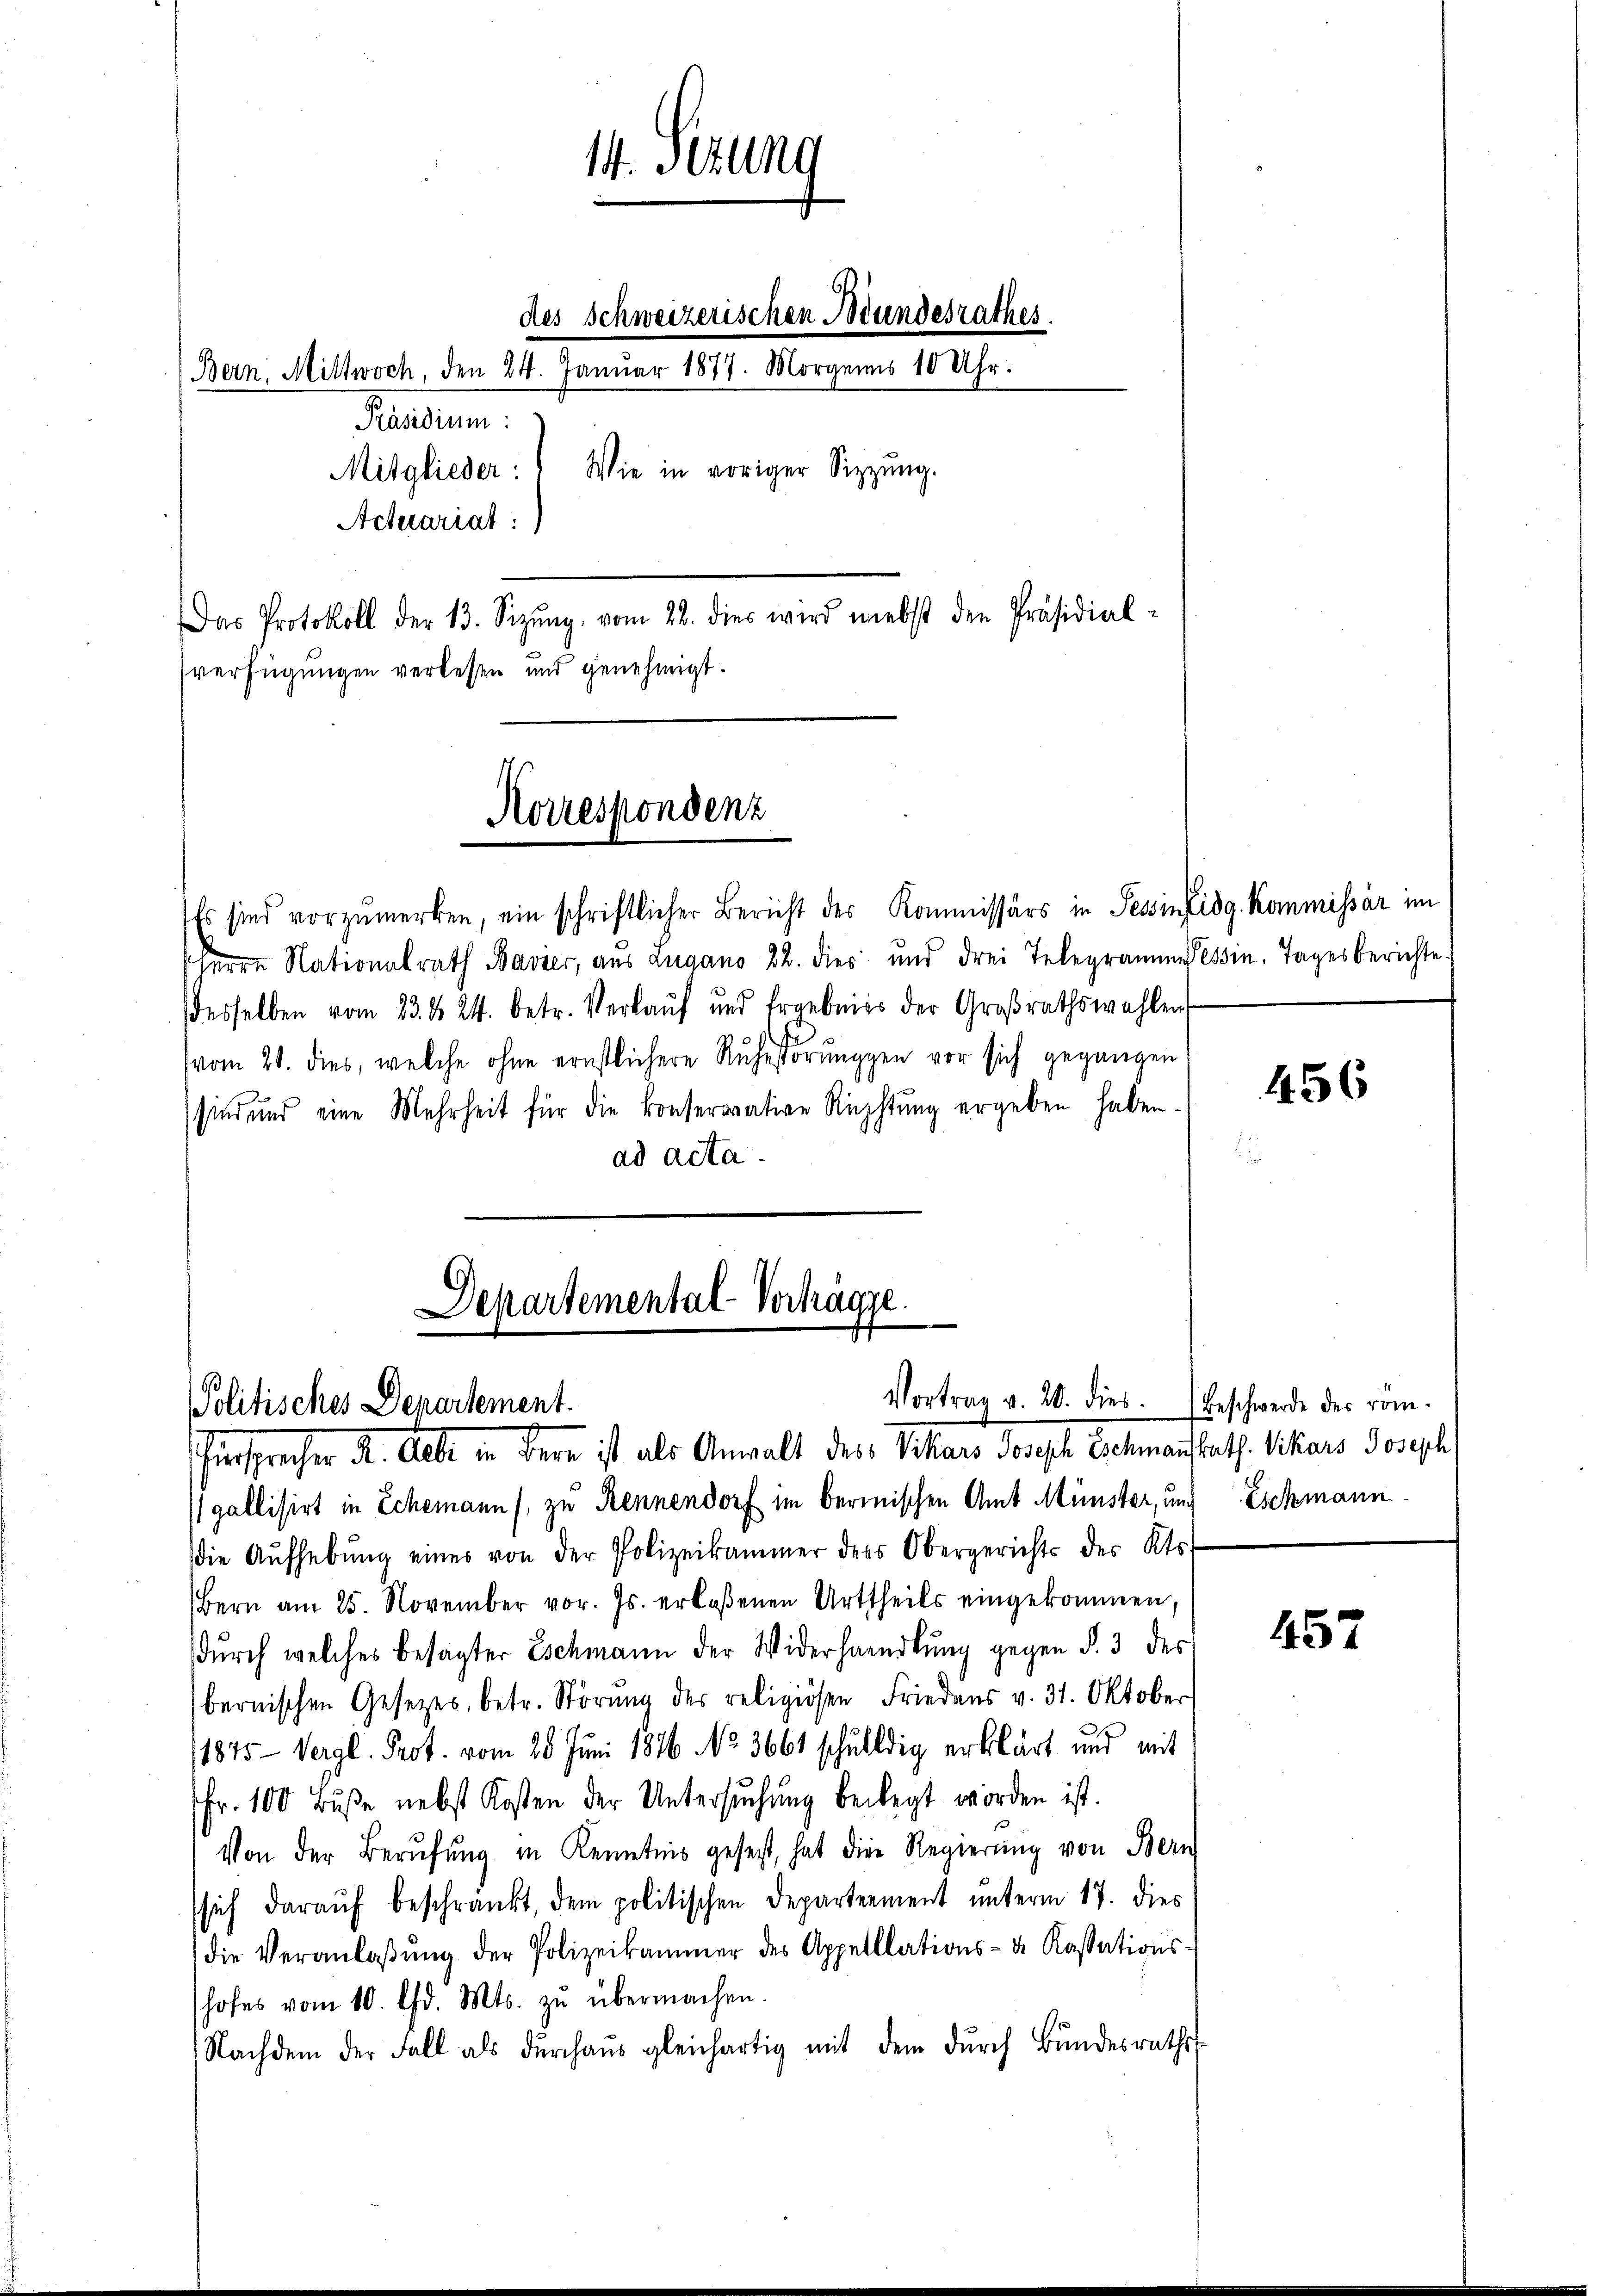
Feladen.

14. Sekung

des Schweizerischen Bundesrathes.
Bern, Mittwoch, den 24. Janŭar 1877. Morgens 10 Uhr.
Mitglieder: Wie in voriger Sitzŭng.
Actuariat :
Das Protokoll der 13. Sizŭng vom 28. dies wird nebst den Präsidial-
verfügungen verlesen und genehmigt.

Korrespondenz

Es sind vorzumerken, ein schriftlicher Bericht des Kommissärs in Tessinfidg. Kommissär im
Herrn Nationalrath Bavier, aus Zugano 22. dies und drei Telegramm essin. Tages berichte.
desselben vom 23. d. 24. betr. Verkaŭf und Ergebniss der Großrathswahlen
vom 21. dies, welche ohne ernstlichere Ruhestörungen vor sich gegangen
sind und eine Mehrheit für die konservative Richtŭng ergeben haben.
ad acta.

Departemental-Vorträge.
Politisches Departement.
Fürsprecher A. Albe in Bern ist als Anwalt des Vikars Joseph Schmannsrath. Vikars Joseph

Vortrag v. 20. dies. Beschwerde des röm.

gallisirt in Schemann (zu Rennendorf im bermischen Amt Münster, und Eschmann
die Aŭfhebŭng eines von der Polizeikammer des Obergerichts des Kts.
Bern am 25. November vor. Js. erlaßenen Arttheils eingekommen,
dŭrch welches besagter Eschmann der Widerhandlŭng gegen §. 3 des
bernischen Gesetzes, betr. Störŭng des religiösen Friedens v. 31. Oktober
/1875 - Vergl. Prof. vom 28. Juni 1846 No. 3661 schuldig erklärt und mit
fr. 100 Buße nebst Kosten der Untersŭchŭng beilegt worden ist.
Von der Berufung in Kenntnis gesetzt, hat die Regierung von Bern
sich darauf beschränkt, dem politischen Departement unterm 17. dies
die Veranlaβŭng der Polizeikammer des Appellations- u. Kassations-
shofes vom 10. Chr. Mts. zŭ übermachen.
Nachdem der Fall als durchaus gleichartig mit dem dŭrch Bundesraths-

456

457